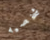
شخصيه